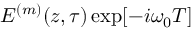
E ^ { ( m ) } ( z , \tau ) \exp [ - i \omega _ { 0 } T ]